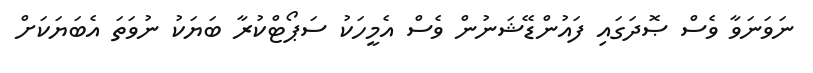
ނަވަނަވާ ވެސް ޞޮދަގައި ފައުންޑޭޝަނުން ވެސް އެމީހަކު ސަޕޯޓްކުރާ ބަޔަކު ނުވަތަ އެބަޔަކަށް